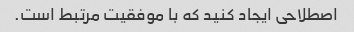
اصطلاحی ایجاد کنید که با موفقیت مرتبط است.